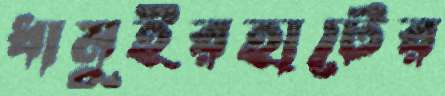
ধামুইরহাটের